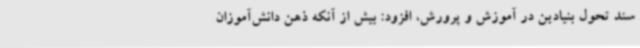
سند تحول بنیادین در آموزش و پرورش، افزود: بیش از آنکه ذهن دانش‌آموزان